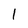
Character: 1